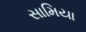
સામિયા